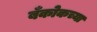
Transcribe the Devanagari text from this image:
बँकोकच्या